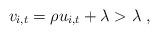
LaTeX: \begin{align*} v_{i,t} & = \rho u_{i,t} + \lambda > \lambda \;,\,\end{align*}